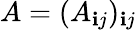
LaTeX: A=(A_{\mathbf{i}j})_{\mathbf{i}j}